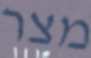
מצר